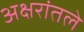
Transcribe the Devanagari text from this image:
अक्षरांतले